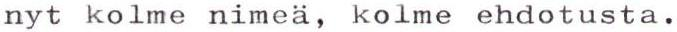
nyt kolme nimeä, kolme ehdotusta.